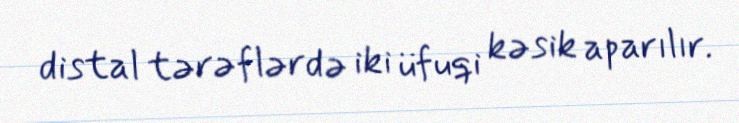
distal tərəflərdə iki üfuqi kəsik aparılır.